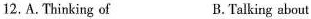
12.A.thinking of B. talking about